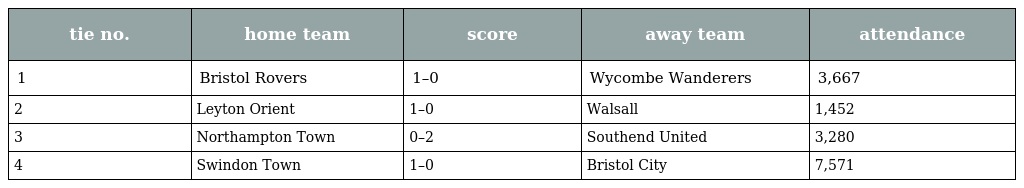
| tie no. | home team | score | away team | attendance |
 | --- | --- | --- | --- | --- |
 | 1 | Bristol Rovers | 1–0 | Wycombe Wanderers | 3,667 |
 | 2 | Leyton Orient | 1–0 | Walsall | 1,452 |
 | 3 | Northampton Town | 0–2 | Southend United | 3,280 |
 | 4 | Swindon Town | 1–0 | Bristol City | 7,571 |